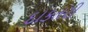
દાકતરી